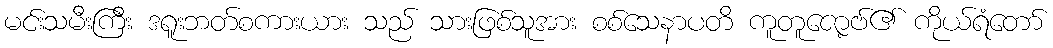
မင်းသမီးကြီး ဒရူးဘတ်စကားယား သည် သားဖြစ်သူအား စစ်သေနာပတိ ကူတူဇော့ဗ်၏ ကိုယ်ရံတော်